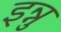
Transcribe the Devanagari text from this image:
इन्नु